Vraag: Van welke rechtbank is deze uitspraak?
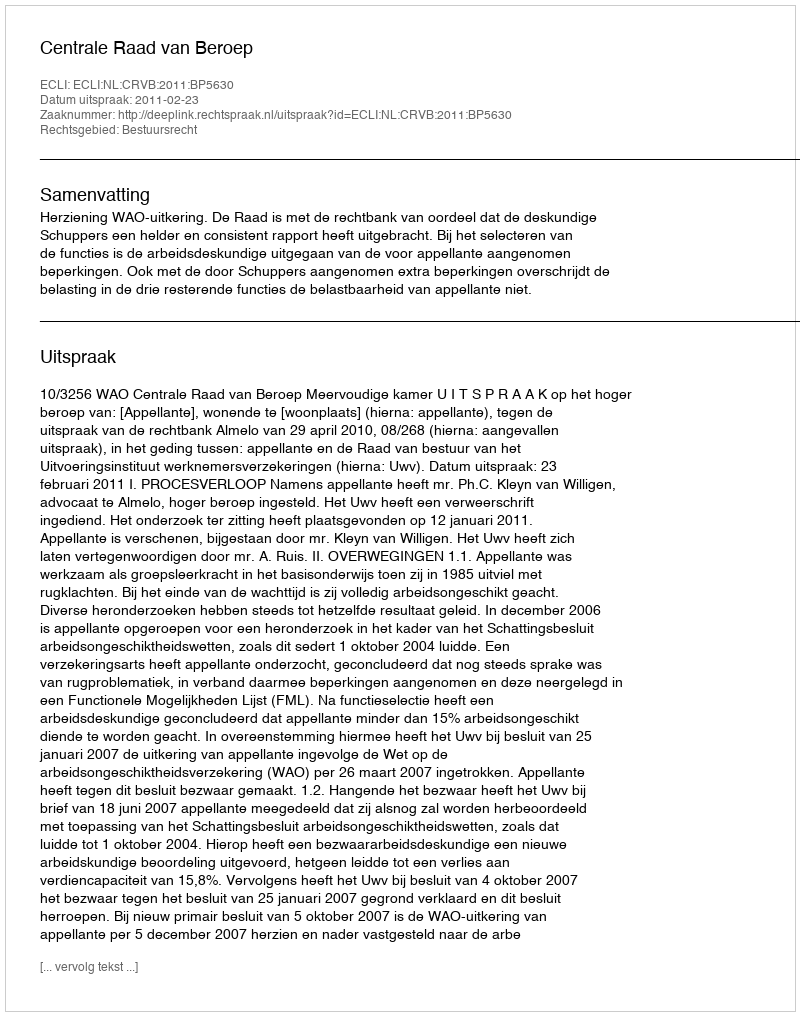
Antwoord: Centrale Raad van Beroep